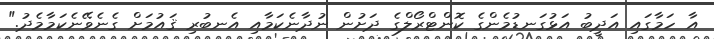
އާ ހަމާގައި އަދީބު އަޅުގަނޑުމެންގެ ކޮންޓްރޯލްގެ ދަށުން ނުދާނެކަމާއި އެނބުރި ޤައުމަށް ގެނެވޭނެކަމާމެދު."